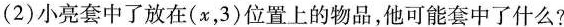
(2)小亮套中了放在(x，3)位置上的物品，他可能套中了什么?